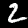
Label: 2